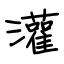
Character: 灌